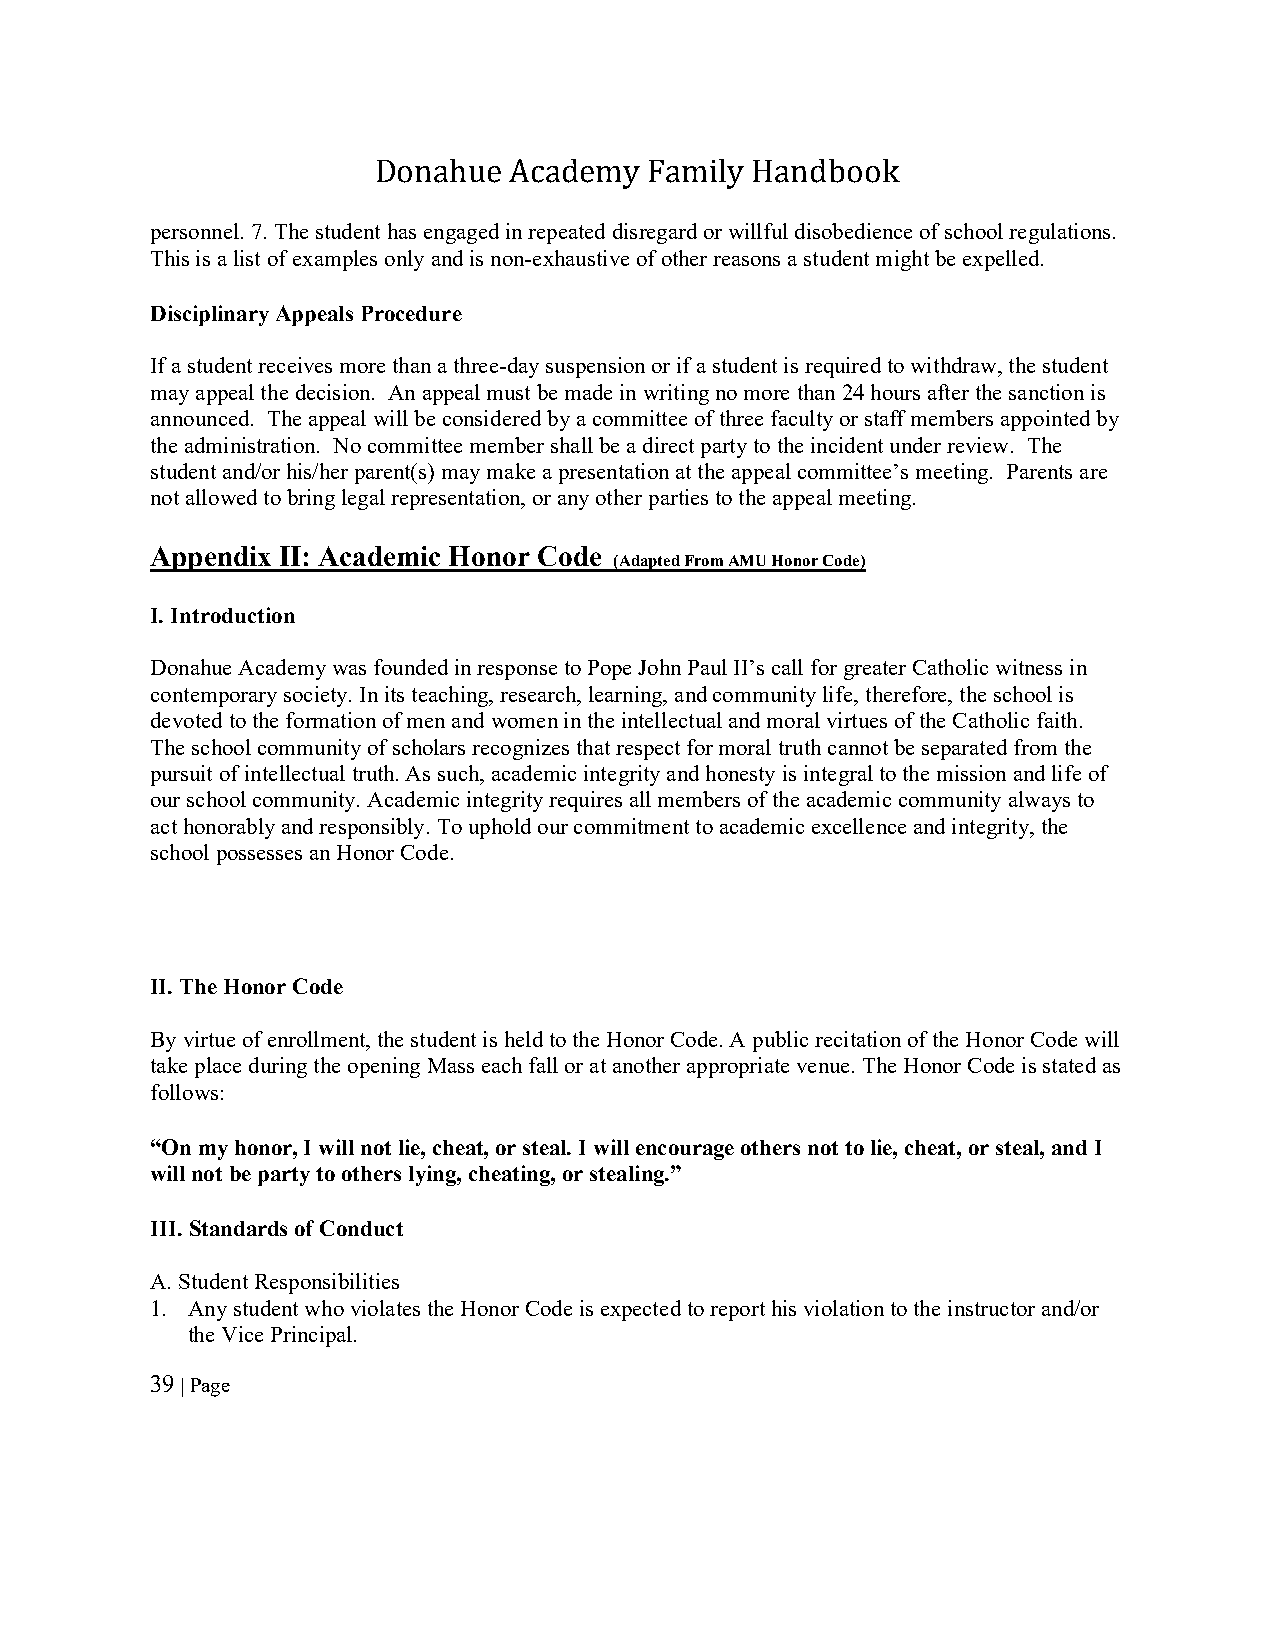
Donahue  Academy  Family Handbook
 personnel. 7. The student has engaged in repeated disregard or willful disobedience of school regulations.
 This is a list of examples only and is non-exhaustive of other reasons a student might be expelled.
 Disciplinary Appeals Procedure
 If a student receives more than a three-day suspension or if a student is required to withdraw, the student
 may appeal the decision. An appeal must be made in writing no more than 24 hours after the sanction is
 announced. The appeal will be considered by a committee of three faculty or staff members appointed by
 the administration. No committee member shall be a direct party to the incident under review. The
 student and/or his/her parent(s) may make a presentation at the appeal committee’s meeting. Parents are
 not allowed to bring legal representation, or any other parties to the appeal meeting.
 Appendix II: Academic Honor Code
 (Adapted From AMU Honor Code)
 I. Introduction
 Donahue Academy was founded in response to Pope John Paul II’s call for greater Catholic witness in
 contemporary society. In its teaching, research, learning, and community life, therefore, the school is
 devoted to the formation of men and women in the intellectual and moral virtues of the Catholic faith.
 The school community of scholars recognizes that respect for moral truth cannot be separated from the
 pursuit of intellectual truth. As such, academic integrity and honesty is integral to the mission and life of
 our school community. Academic integrity requires all members of the academic community always to
 act honorably and responsibly. To uphold our commitment to academic excellence and integrity, the
 school possesses an Honor Code.
 II. The Honor Code
 By virtue of enrollment, the student is held to the Honor Code. A public recitation of the Honor Code will
 take place during the opening Mass each fall or at another appropriate venue. The Honor Code is stated as
 follows:
 “On my honor, I will not lie, cheat, or steal. I will encourage others not to lie, cheat, or steal, and I
 will not be party to others lying, cheating, or stealing.”
 III. Standards of Conduct
 A. Student Responsibilities
 1. Any student who violates the Honor Code is expected to report his violation to the instructor and/or
 the Vice Principal.
 39 | Page